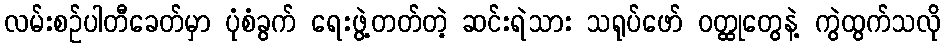
လမ်းစဉ်ပါတီခေတ်မှာ ပုံစံခွက် ရေးဖွဲ့တတ်တဲ့ ဆင်းရဲသား သရုပ်ဖော် ဝတ္ထုတွေနဲ့ ကွဲထွက်သလို